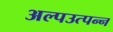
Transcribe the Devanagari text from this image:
अल्पउत्पन्न